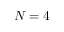
N = 4